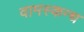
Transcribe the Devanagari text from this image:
वामस्कन्ध